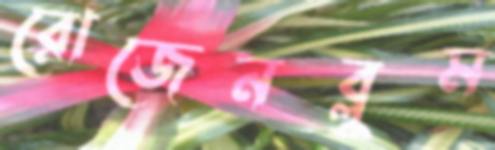
রোজেনব্লুম